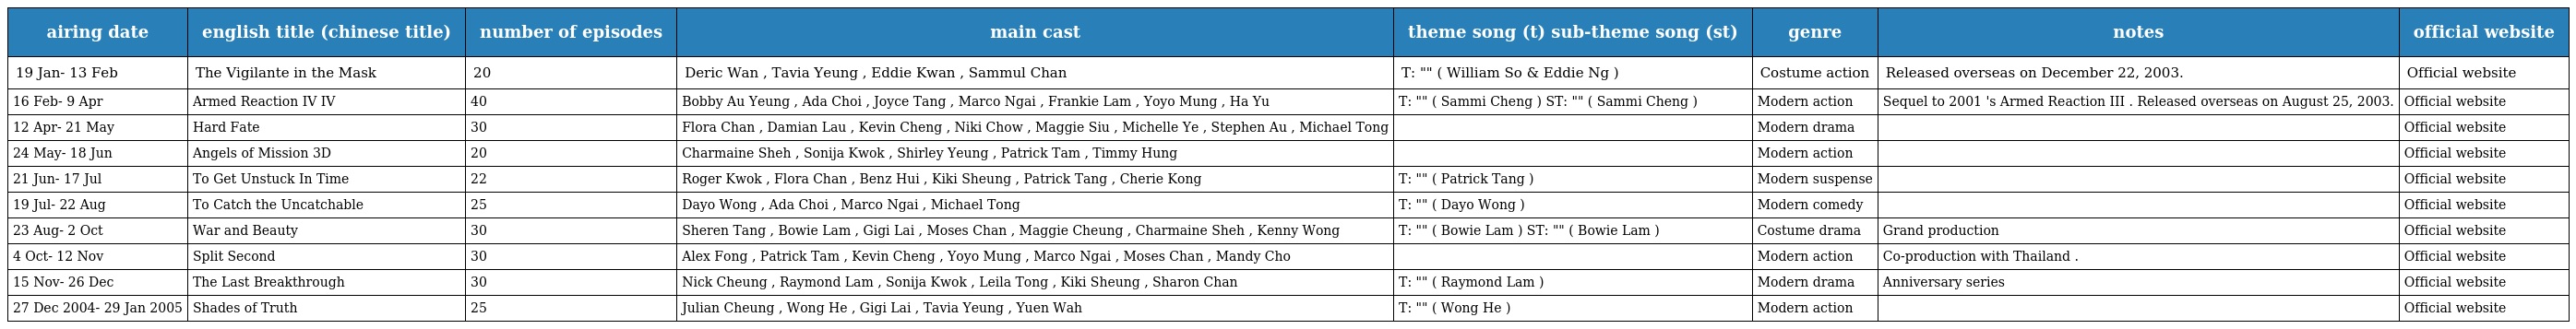
| airing date | english title (chinese title) | number of episodes | main cast | theme song (t) sub-theme song (st) | genre | notes | official website |
 | --- | --- | --- | --- | --- | --- | --- | --- |
 | 19 Jan- 13 Feb | The Vigilante in the Mask 怪俠一枝梅 | 20 | Deric Wan , Tavia Yeung , Eddie Kwan , Sammul Chan | T: "老死" ( William So & Eddie Ng ) | Costume action | Released overseas on December 22, 2003. | Official website |
 | 16 Feb- 9 Apr | Armed Reaction IV 陀槍師姐IV | 40 | Bobby Au Yeung , Ada Choi , Joyce Tang , Marco Ngai , Frankie Lam , Yoyo Mung , Ha Yu | T: "超速駕駛" ( Sammi Cheng ) ST: "落錯車" ( Sammi Cheng ) | Modern action | Sequel to 2001 's Armed Reaction III . Released overseas on August 25, 2003. | Official website |
 | 12 Apr- 21 May | Hard Fate 翡翠戀曲 | 30 | Flora Chan , Damian Lau , Kevin Cheng , Niki Chow , Maggie Siu , Michelle Ye , Stephen Au , Michael Tong |  | Modern drama |  | Official website |
 | 24 May- 18 Jun | Angels of Mission 無名天使3D | 20 | Charmaine Sheh , Sonija Kwok , Shirley Yeung , Patrick Tam , Timmy Hung |  | Modern action |  | Official website |
 | 21 Jun- 17 Jul | To Get Unstuck In Time 隔世追兇 | 22 | Roger Kwok , Flora Chan , Benz Hui , Kiki Sheung , Patrick Tang , Cherie Kong | T: "恍如隔世" ( Patrick Tang ) | Modern suspense |  | Official website |
 | 19 Jul- 22 Aug | To Catch the Uncatchable 棟篤神探 | 25 | Dayo Wong , Ada Choi , Marco Ngai , Michael Tong | T: "衰邊個" ( Dayo Wong ) | Modern comedy |  | Official website |
 | 23 Aug- 2 Oct | War and Beauty 金枝慾孽 | 30 | Sheren Tang , Bowie Lam , Gigi Lai , Moses Chan , Maggie Cheung , Charmaine Sheh , Kenny Wong | T: "兒女" ( Bowie Lam ) ST: "砒霜" ( Bowie Lam ) | Costume drama | Grand production | Official website |
 | 4 Oct- 12 Nov | Split Second 爭分奪秒 | 30 | Alex Fong , Patrick Tam , Kevin Cheng , Yoyo Mung , Marco Ngai , Moses Chan , Mandy Cho |  | Modern action | Co-production with Thailand . | Official website |
 | 15 Nov- 26 Dec | The Last Breakthrough 天涯俠醫 | 30 | Nick Cheung , Raymond Lam , Sonija Kwok , Leila Tong , Kiki Sheung , Sharon Chan | T: "心呼吸" ( Raymond Lam ) | Modern drama | Anniversary series | Official website |
 | 27 Dec 2004- 29 Jan 2005 | Shades of Truth 水滸無間道 | 25 | Julian Cheung , Wong He , Gigi Lai , Tavia Yeung , Yuen Wah | T: "沒有半分空間" ( Wong He ) | Modern action |  | Official website |